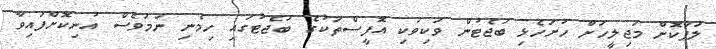
ލަފާކޮށް މަޖިލީހަށް ހުށަހެޅި ބަޖެޓުން ވަކިވަކި އޮފީސްތަކުގެ ބަޖެޓުގައި ހިމެނި ނަމަވެސް އުނިކޮށްފައިވާ